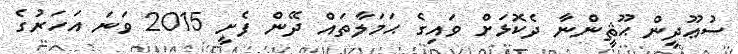
ސުޢޫދީން ޙޫޘީންނާ ދެކޮޅަށް ވައިގެ ޙަމަލާތައް ދޭން ފެށީ 2015 ވަނަ އަހަރުގެ